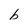
Character: b